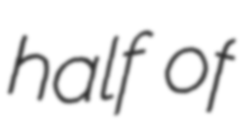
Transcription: half of